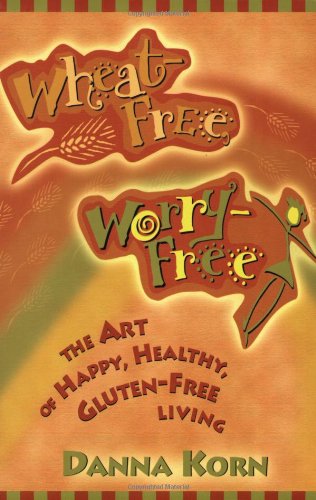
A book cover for Wheat-Free, Worry-Free: The Art of Happy, Healthy, Gluten-Free Living; Danna Korn; Health, Fitness & Dieting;